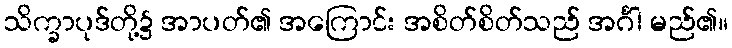
သိက္ခာပုဒ်တို့၌ အာပတ်၏ အကြောင်း အစိတ်စိတ်သည် အင်္ဂါ မည်၏။